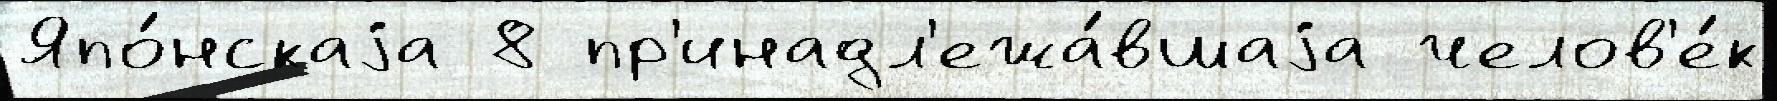
Япо́нскаjа 8 пр'инадл'ежа́вшаjа челов'е́к